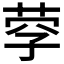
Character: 𦰊